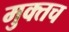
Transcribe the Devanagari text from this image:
मुक्तच